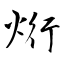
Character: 烆